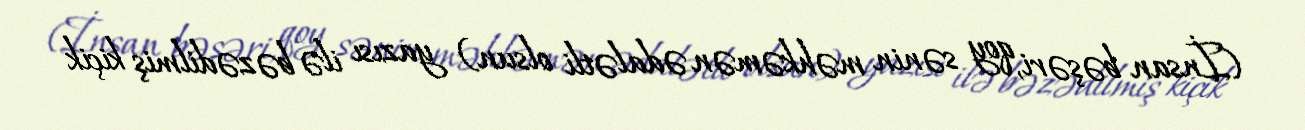
(İnsan bəşəri, qoy sənin məhkəmən ədalətli olsun) yazısı ilə bəzədilmiş kiçik